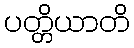
ပတ္တိယာတိ